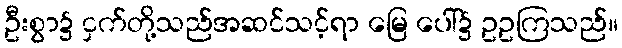
ဦးစွာ၌ ငှက်တို့သည်အဆင်သင့်ရာ မြေ ပေါ်၌ ဥဥကြသည်။